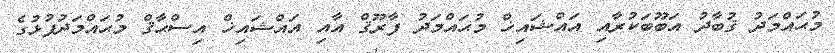
މުޙައްމަދު ޤުބާދު އަބޫބަކުރާއި އައްޝައިޚް މުޙައްމަދު ފާރޫޤް އާއި އައްޝައިޚް އިސްޙާޤް މުޙައްމަދުފުޅުގެ